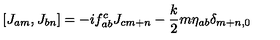
[ J _ { a m } , J _ { b n } ] = - i f _ { a b } ^ { c } J _ { c m + n } - \frac { k } { 2 } m \eta _ { a b } \delta _ { m + n , 0 }